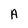
Character: A